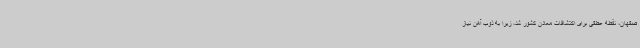
صفهان، نقطه عطفی برای اکتشافات معادن کشور شد، زیرا به ذوب آهن نیاز